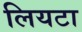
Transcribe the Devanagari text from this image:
लियटा